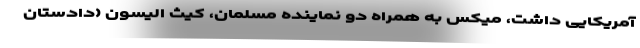
آمریکایی داشت، میکس به همراه دو نماینده مسلمان، کیث الیسون (دادستان